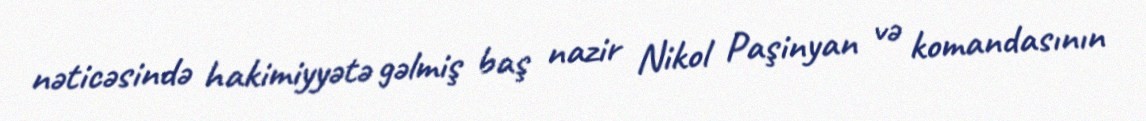
nəticəsində hakimiyyətə gəlmiş baş nazir Nikol Paşinyan və komandasının